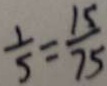
\frac { 1 } { 5 } = \frac { 1 5 } { 7 5 }